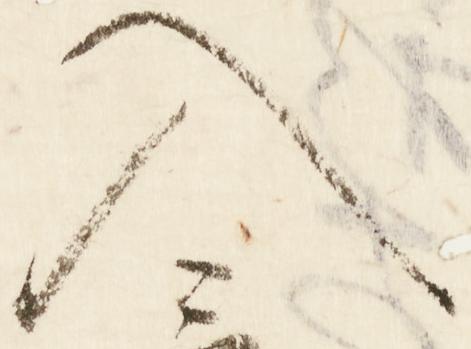
入